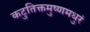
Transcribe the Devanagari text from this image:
कटुतिक्तमुष्णमधुरं